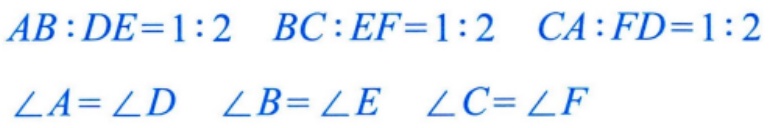
$AB:DE = 1:2\ \ BC:EF = 1:2\ \ CA:FD = 1:2$

$\angle A=\angle D\ \ \angle B=\angle E\ \ \angle C=\angle F$